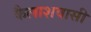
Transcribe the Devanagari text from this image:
कैलाशवासी